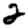
Digit: 2